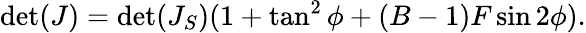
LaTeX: \operatorname*{det}(J)=\operatorname*{det}(J_{S})(1+\tan^{2}{\phi}+(B-1)F\sin{2\phi}).